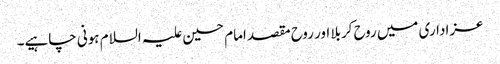
عزاداری میں روح کربلا اور روح مقصد امام حسین علیہ السلام ہونی چاہیے۔